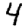
Digit: 4